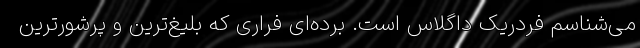
می‌شناسم فردریک داگلاس است. برده‌ای فراری که بلیغ‌ترین و پرشورترین